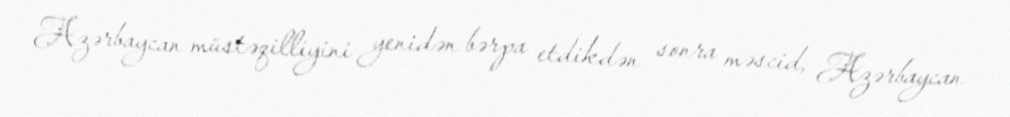
Azərbaycan müstəqilliyini yenidən bərpa etdikdən sonra məscid, Azərbaycan